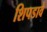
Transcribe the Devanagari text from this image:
शिपडावे